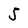
Character: 5